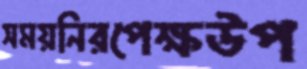
সময়নিরপেক্ষউপ